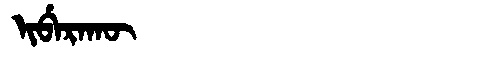
Manchu: ᡳᠪᡝᡵᠠᡴᡡ
Romanization: IBERAKŪ